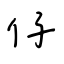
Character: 仔